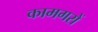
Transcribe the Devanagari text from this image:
कामगरों